Civil Veterinary Dept. Bombay admin report 1923-31 - 1923-1931
Year: 1923
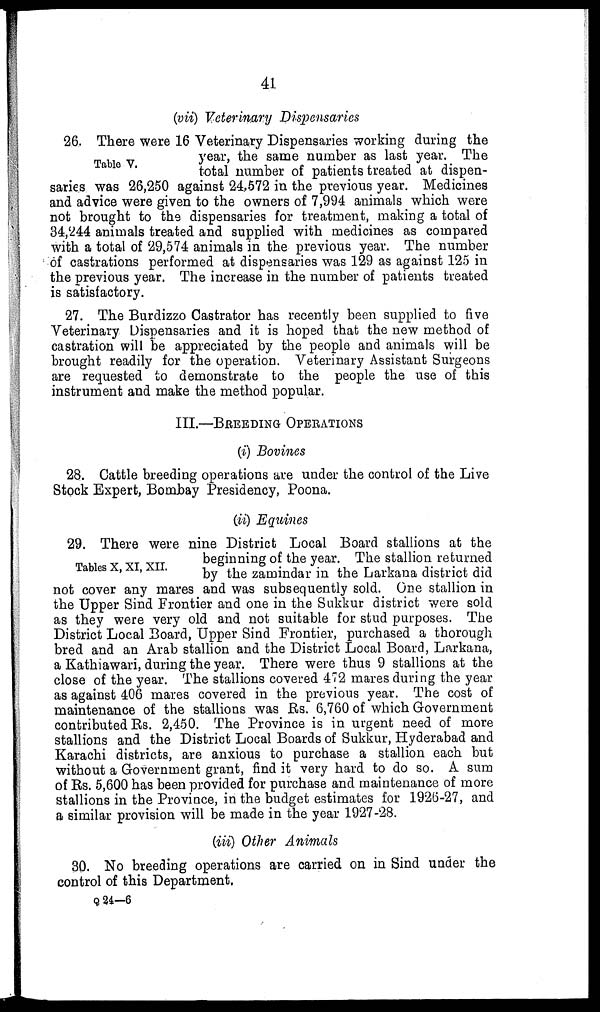
41
(vii) Veterinary Dispensaries
Table V.
26. There were 16 Veterinary Dispensaries working during the
year, the same number as last year. The
total number of patients treated at dispen-
saries was 26,250 against 24,572 in the previous year. Medicines
and advice were given to the owners of 7,994 animals which were
not brought to the dispensaries for treatment, making a total of
34,244 animals treated and supplied with medicines as compared
with a total of 29,574 animals in the previous year. The number
of castrations performed at dispensaries was 129 as against 125 in
the previous year. The increase in the number of patients treated
is satisfactory.
27. The Burdizzo Castrator has recently been supplied to five
Veterinary Dispensaries and it is hoped that the new method of
castration will be appreciated by the people and animals will be
brought readily for the operation. Veterinary Assistant Surgeons
are requested to demonstrate to the people the use of this
instrument and make the method popular.
III.—BREEDING OPERATIONS
(i) Bovines
28. Cattle breeding operations are under the control of the Live
Stock Expert, Bombay Presidency, Poona.
(ii) Equines
Tables X, XI, XII.
29. There were nine District Local Board stallions at the
beginning of the year. The stallion returned
by the zamindar in the Larkana district did
not cover any mares and was subsequently sold. One stallion in
the Upper Sind Frontier and one in the Sukkur district were sold
as they were very old and not suitable for stud purposes. The
District Local Board, Upper Sind Frontier, purchased a thorough
bred and an Arab stallion and the District Local Board, Larkana,
a Kathiawari, during the year. There were thus 9 stallions at the
close of the year. The stallions covered 472 mares during the year
as against 406 mares covered in the previous year. The cost of
maintenance of the stallions was Rs. 6,760 of which Government
contributed Rs. 2,450. The Province is in urgent need of more
stallions and the District Local Boards of Sukkur, Hyderabad and
Karachi districts, are anxious to purchase a stallion each but
without a Government grant, find it very hard to do so. A sum
of Rs. 5,600 has been provided for purchase and maintenance of more
stallions in the Province, in the budget estimates for 1926-27, and
a similar provision will be made in the year 1927-28.
(iii) Other Animals
30. No breeding operations are carried on in Sind under the
control of this Department,
Q 24—6